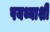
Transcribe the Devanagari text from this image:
पयथ्याशी